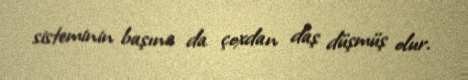
sisteminin başına da çoxdan daş düşmüş olur.